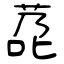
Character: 莻